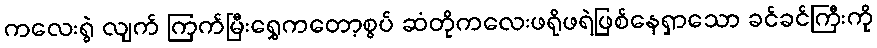
ကလေးရွဲ လျက် ကြက်မြီးရွှေကတော့စွပ် ဆံတိုကလေးဖရိုဖရဲဖြစ်နေရှာသော ခင်ခင်ကြီးကို